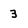
Character: 3